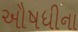
ઔષધીના